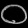
Digit: ၀